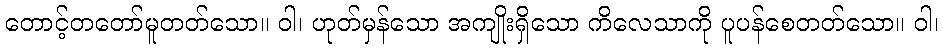
တောင့်တတော်မူတတ်သော။ ဝါ၊ ဟုတ်မှန်သော အကျိုးရှိသော ကိလေသာကို ပူပန်စေတတ်သော။ ဝါ၊